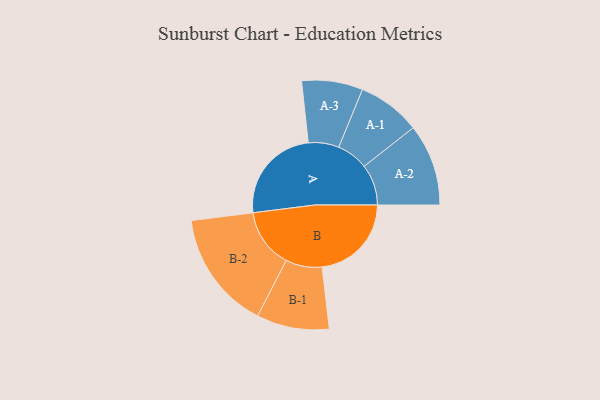
{"axis": {"x": "Segment", "y": "Value"}, "legend": ["", "A", "B"], "data": [{"x": "A", "y": 469, "type": ""}, {"x": "B", "y": 430, "type": ""}, {"x": "A-1", "y": 152, "type": "A"}, {"x": "A-2", "y": 197, "type": "A"}, {"x": "A-3", "y": 147, "type": "A"}, {"x": "B-1", "y": 175, "type": "B"}, {"x": "B-2", "y": 286, "type": "B"}]}